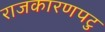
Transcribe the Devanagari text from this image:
राजकारणपटु